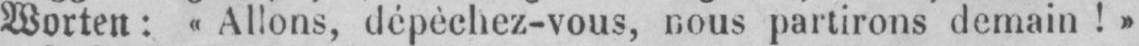
Worten: «Allons, dépèchez-vous, nous partirons demain!»